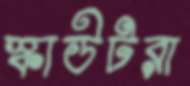
স্কাউটরা